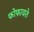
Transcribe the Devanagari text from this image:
फोफावते